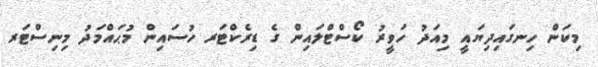
މިކަން ހިނގައިދިޔައީ މިއަދު ހަވީރު ކޯސްޓްލައިން ގެ ޑިރެކްޓަރ ހުސައިން މުޙައްމަދު މިނިސްޓަރ